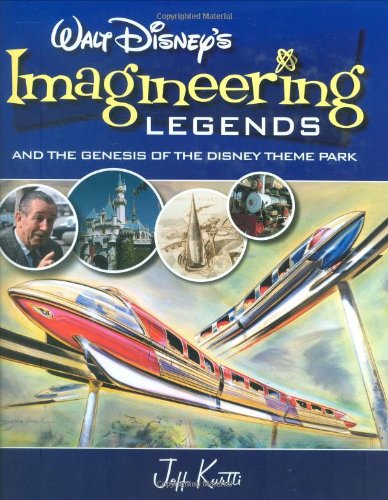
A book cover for Walt Disney's Imagineering Legends and the Genesis of the Disney Theme Park; Jeff Kurtti; Children's Books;